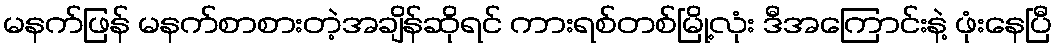
မနက်ဖြန် မနက်စာစားတဲ့အချိန်ဆိုရင် ကားရစ်တစ်မြို့လုံး ဒီအကြောင်းနဲ့ ဖုံးနေပြီ